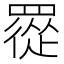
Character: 𦌇